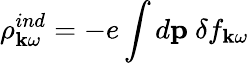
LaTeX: \rho_{{\mathbf k}\omega}^{ind}=-e\int d{\mathbf p}\ \delta f_{{\mathbf k}\omega}